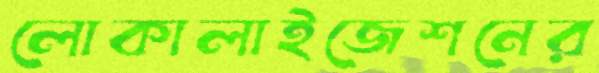
লোকালাইজেশনের